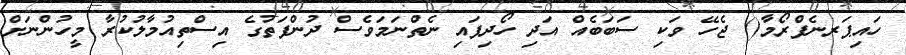
ހައިޕަރނެފްރޯމާ() ޖެހޭ ވަކި ސަބަބެއް އަދި ހޯދިފައި ނެތްނަމަވެސް ދުންފަތުގެ އިސްތިއުމާލުކުރާ މީހުންނަށް